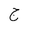
Letter: _gim